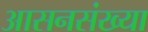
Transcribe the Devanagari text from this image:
आसनसंख्या